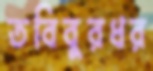
তবিবুরধর